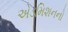
એડમિશનનો